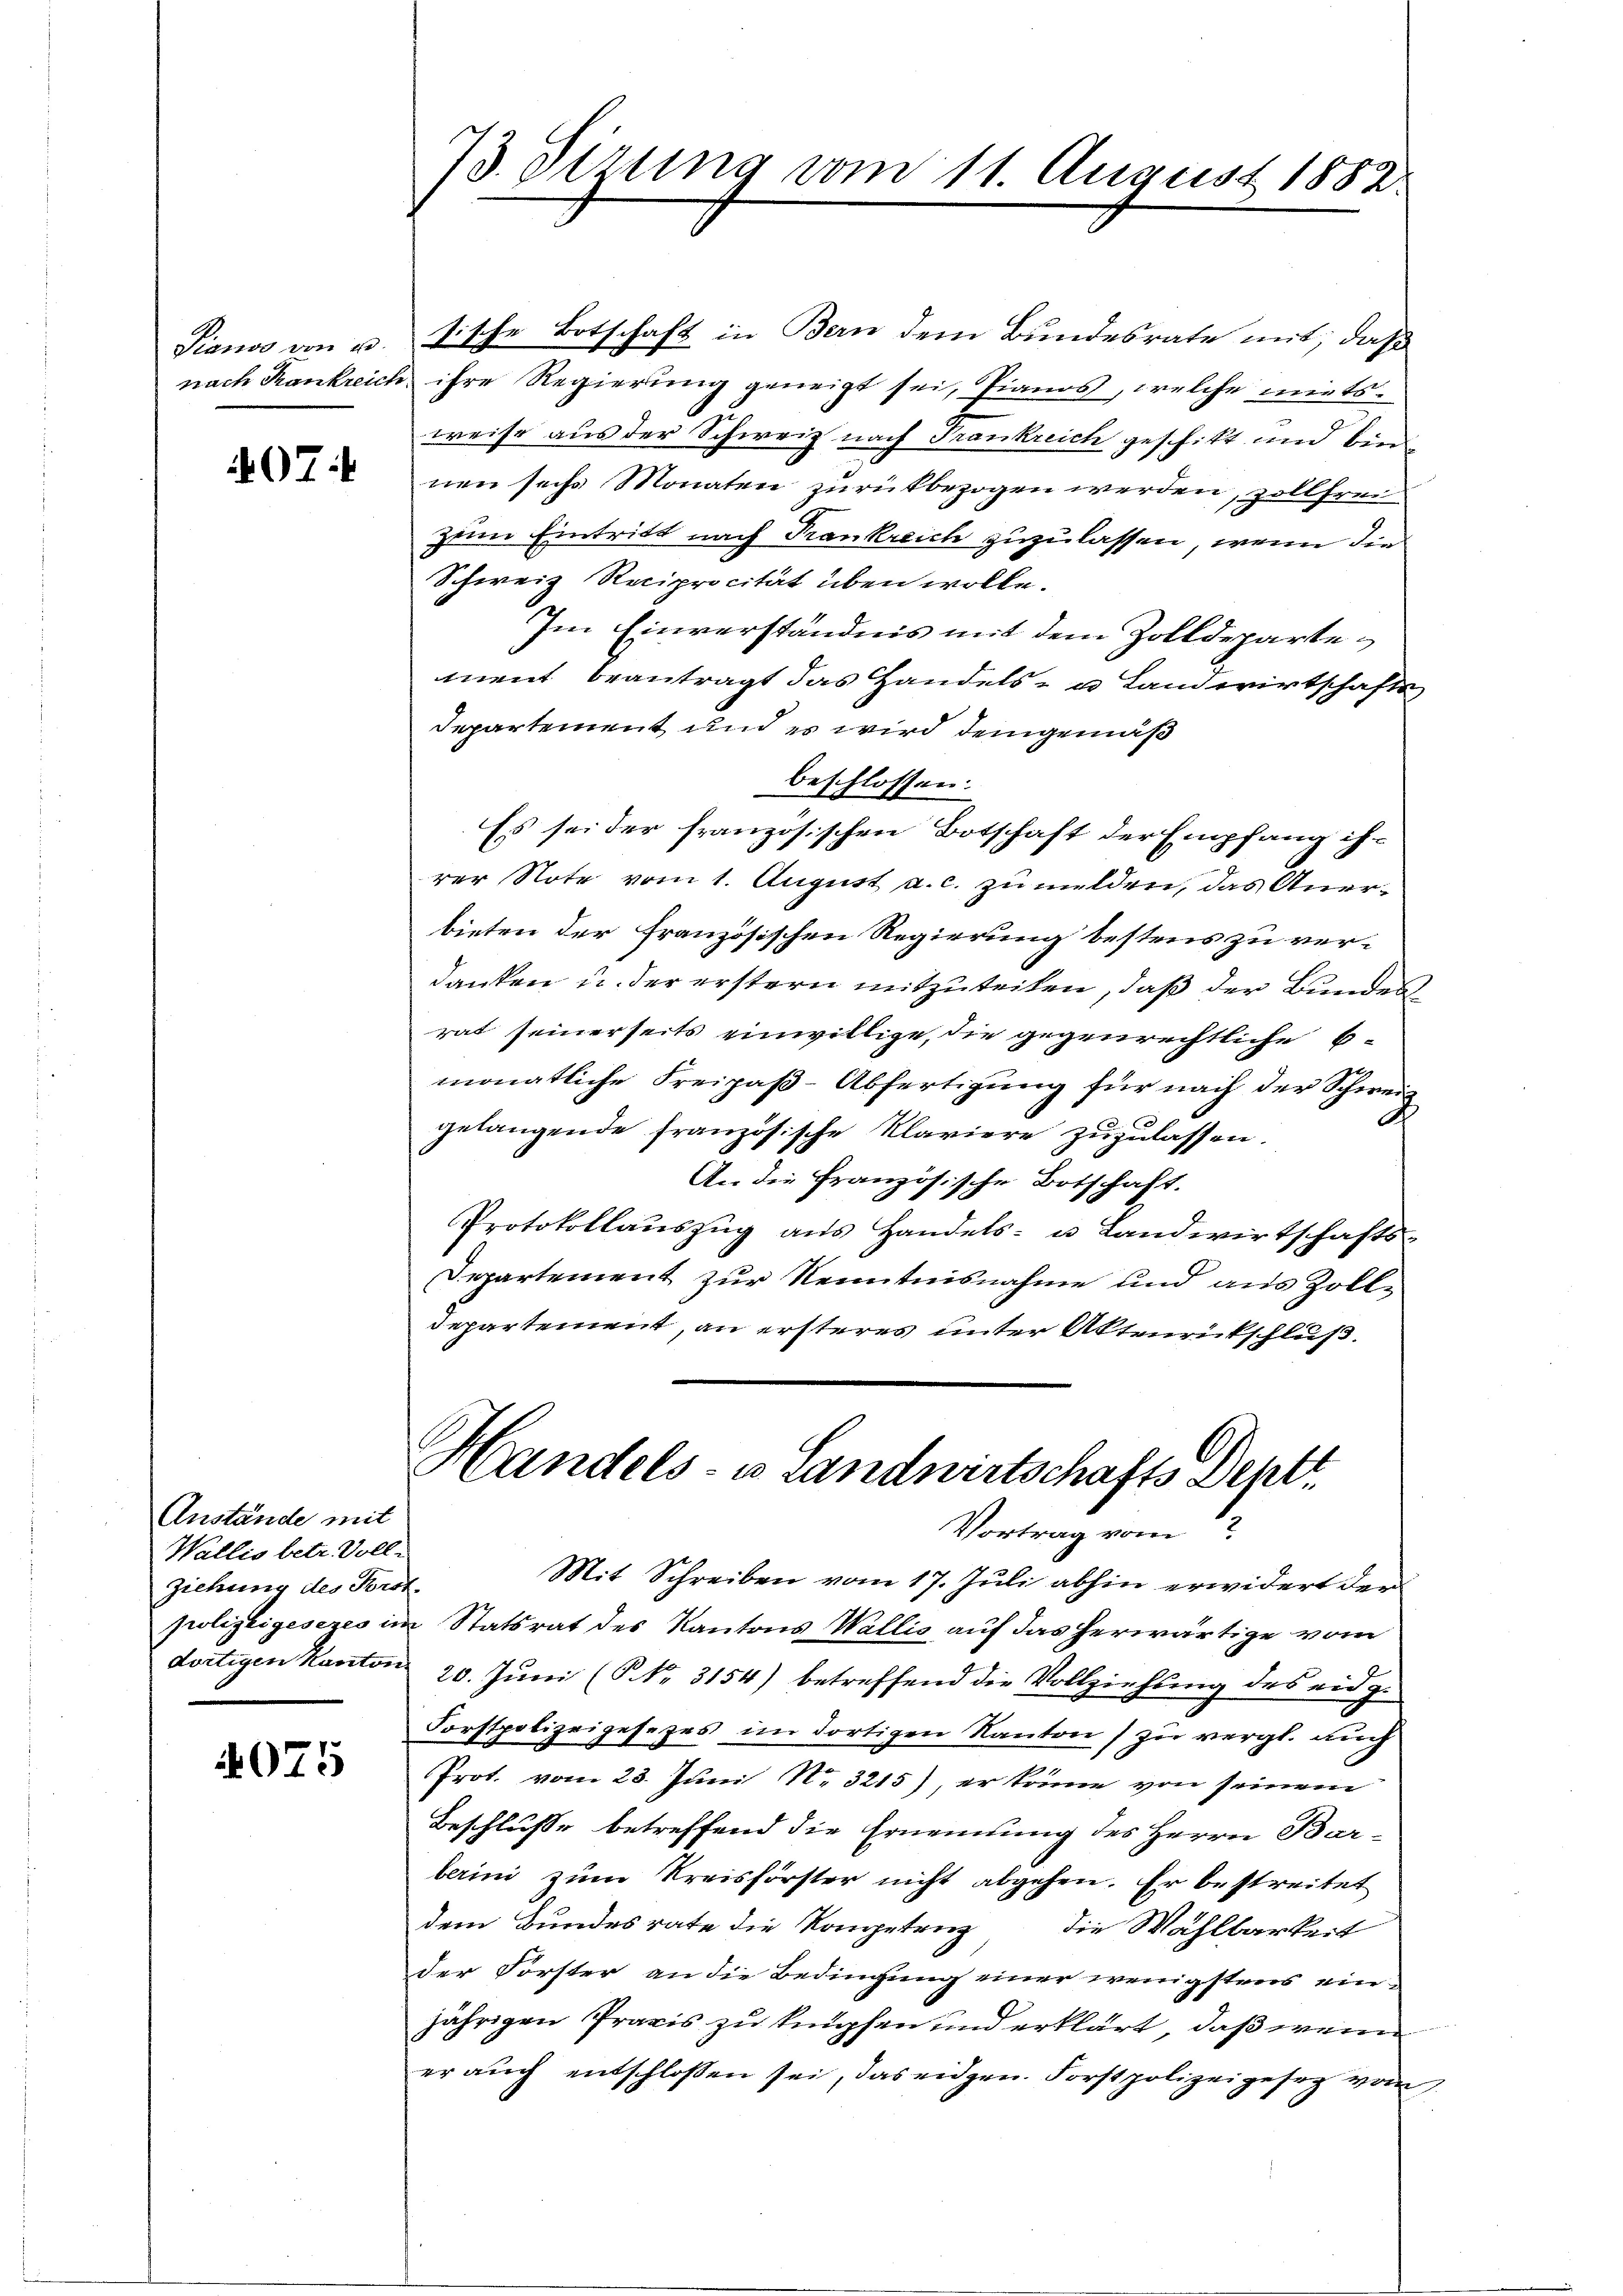
Pianos von u.
nach Krankreich

07:

Anstände mit
Wallis betr. Volli
Ziehung des Porst.
dortigen Kanton

4075

73. Sirung vom 11. August 1882

sische Botschaft in Bern dem Bundesrate mit, daß
ihre Regierung geneigt sei, Pianos, welche mietsweise aus der Schweiz nach Frankreich geschikt und bien
nen sechs Monaten zurückbezogen werden, zollfrei
zum Eintritt nach Krankreich zuzulassen, wenn die
Schweiz Reciprocität üben wolle.
Im Einverständnis mit dem Zolldepartement beantragt das Handels- u Landwirtschafts
departement und es wird demgemäß
beschlossen:
Es sei der französischen Botschaft der Empfang ihrer Note vom 1. August a. c. zu milden, das Anerbieten der Französischen Regierung bestens zu verdanken u. der erstern mitzuteilen, daß der Bundesrat seinerseits einwillige, die gegenrechtliche Emonatliche Freipaß-Abfertigung für nach der Schweiz
gelangende französische Klaviere zuzulassen.
An die Französische Botschaft.
Protokollaŭszŭg ans Handels- u. Landwirtschafts-
Departement zur Kenntnisnahme und aus Zolldepartement, an ersteres unter Aktenrückschluß.
Handels- u Landwirtschafts Denkt.
Vortrag vom
Mit Schreiben vom 17. Juli abhin erwidert der
polizeigesezes im Statsrat des Kantons Wallis auf das herwärtige vom
20. Juni (§ No. 3154) betreffend die Vollziehung des eidg.
Forstpolizeigesezes im dortigen Kanton zu vergl. auch
Prot. vom 23. Juni No 3215), er könne von seinem
Beschlusse betreffend die Ernennung des Herrn Bar-
berini zum Kreisförster nicht abgehen. Er bestreitet
dem Bundesrate die Kompetenz die Wahlbarkeit
der Forster an die Bedingung einer wenigstens einjährigen Praxis zu knüpfen und erklärt, daß wenn
er auch entschlossen sei, das eidgen. Forstpolizeigeseg vom